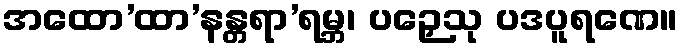
အထော’ထာ’နန္တရာ’ရမ္ဘ၊ ပဉှေသု ပဒပူရဏေ။